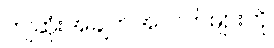
ကျဆုံးအချက်အလက်များကို